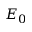
E _ { 0 }